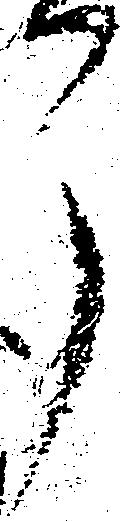
了